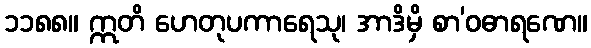
၁၁၈၈။ ဣတိ ဟေတုပကာရေသု၊ အာဒိမှိ စာ’ဝဓာရဏေ။